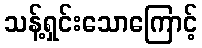
သန့်ရှင်းသောကြောင့်